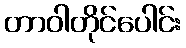
တာဝါတိုင်ပေါင်း